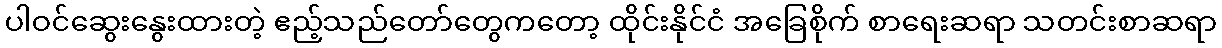
ပါဝင်ဆွေးနွေးထားတဲ့ ဧည့်သည်တော်တွေကတော့ ထိုင်းနိုင်ငံ အခြေစိုက် စာရေးဆရာ သတင်းစာဆရာ